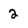
Character: 2